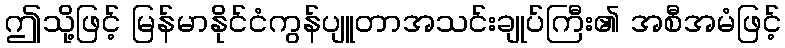
ဤသို့ဖြင့် မြန်မာနိုင်ငံကွန်ပျူတာအသင်းချုပ်ကြီး၏ အစီအမံဖြင့်